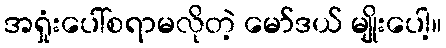
အရှုံးပေါ်စရာမလိုတဲ့ မော်ဒယ် မျိုးပေါ့။